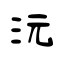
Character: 沅